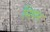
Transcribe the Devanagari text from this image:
मिषन